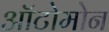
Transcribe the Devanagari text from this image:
ऑटोमोन